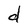
Character: d